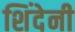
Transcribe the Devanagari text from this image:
शिंदेनी